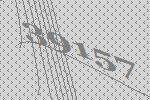
39157